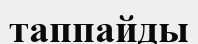
таппайды